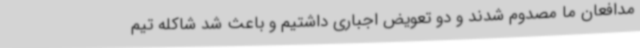
مدافعان ما مصدوم شدند و دو تعویض اجباری داشتیم و باعث شد شاکله تیم